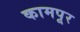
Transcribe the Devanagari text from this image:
कामपूर